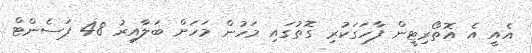
އެއީ އެ އޮތޯރިޓީން ފާހަގަކުރި ގޮތުގައި މަހުން މަހަށް ބަލާއިރު 48 ޕަސެންޓް